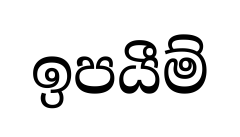
ඉපයීම්